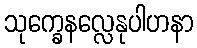
သုက္ခေနလ္လေနုပါဟနာ